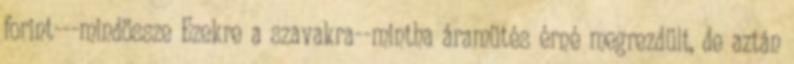
forint---mindössze Ezekre a szavakra--mintha áramütés érné megrezdült, de aztán